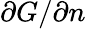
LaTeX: \partial G/\partial n